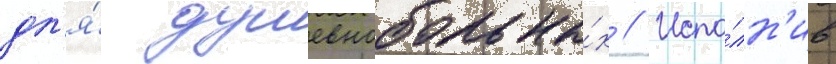
дл'я́ душевнобольны́х // Испо́лн'ив